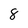
Character: 8